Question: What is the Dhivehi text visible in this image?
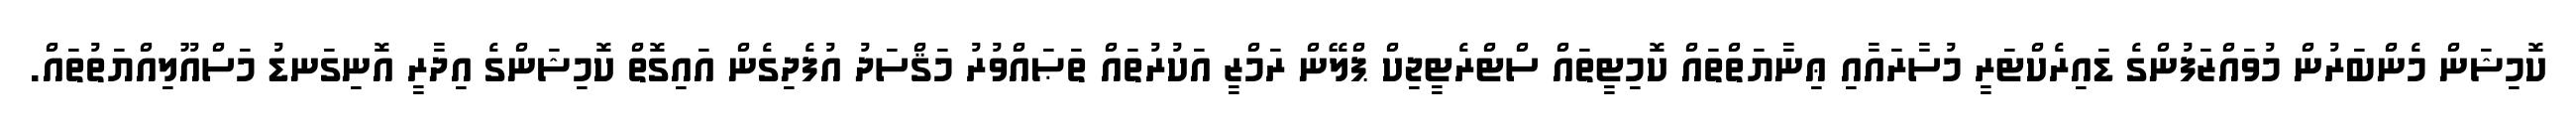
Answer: ކޮމިޝަން މެންބަރުން މުވައްޒަފުންގެ ޑައިރެކްޓަރީ މުސާރައާއި ޢިނާޔަތްތައް ކޮމިޓީތައް ސްޓްރެޓީޖިކް ޕްލޭން ރަމްޒީ އަކުރުތައް ތަޞައްވުރު މަޤްސަދު އުފެދިގެން އައިގޮތް ކޮމިޝަންގެ އިދާރީ އޮނިގަނޑު މަސްއޫލިއްޔަތުތައް.